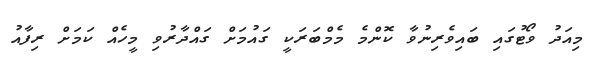
މިއަދު ވޯޓުގައި ބައިވެރިނުވާ ކޮންމެ މެމްބަރަކީ ގައުމަށް ގައްދާރުވި މީހެއް ކަމަށް ރިފާއު